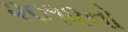
૨૦૧૨નો